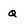
Character: q